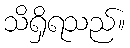
သိရှိရသည်။